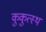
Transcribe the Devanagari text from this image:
कुकुत्स्थ